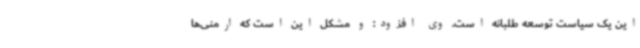
این یک سیاست توسعه طلبانه است. وی افزود: و مشکل این است که ارمنی‌ها